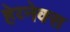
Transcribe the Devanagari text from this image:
हेय्नेक्स